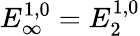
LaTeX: E_{\infty}^{1,0}=E_{2}^{1,0}